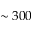
\sim 3 0 0